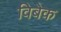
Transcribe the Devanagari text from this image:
विबेक